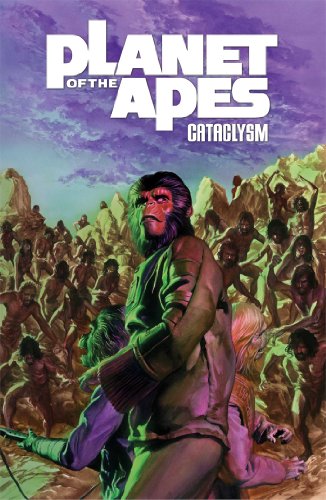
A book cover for Planet of the Apes: Cataclysm Vol. 3 (Planet of the Apes (Boom Studios)); Corinna Sara Bechko; Comics & Graphic Novels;